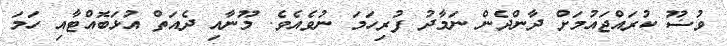
ވުޟޫ ކުރައްޖައުމަށް ދާންދެން ނަމާދު ފުރިހަމަ ނުވެއެވެ. މޫނާއި ދެއަތް އުޅަބޮއްޓާއި ހަމަ